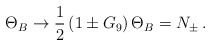
\begin{align*}\Theta_B \to \frac{1}{2} \left( 1 \pm G_9 \right) \Theta_B = N_\pm \,. \end{align*}